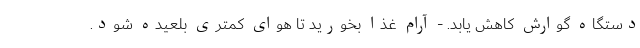
دستگاه گوارش کاهش یابد. - آرام غذا بخورید تا هوای کمتری بلعیده شود.